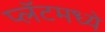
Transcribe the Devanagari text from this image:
प्लॅटमध्ये